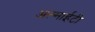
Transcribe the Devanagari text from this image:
अल्माईटी